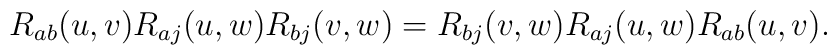
R_{a b}(u,v)R_{aj}(u,w)R_{bj}(v,w)=R_{bj}(v,w)R_{aj}(u,w)R_{a b}(u,v).